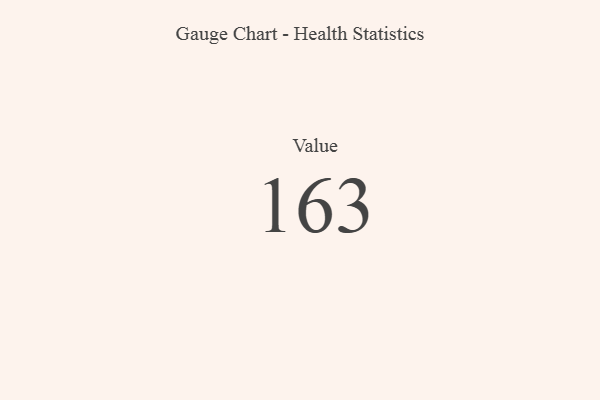
{"axis": {"x": "Metric", "y": "Value"}, "legend": [""], "data": [{"x": "Value", "y": 163, "type": ""}]}